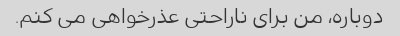
دوباره، من برای ناراحتی عذرخواهی می کنم.